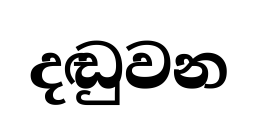
දඬුවන